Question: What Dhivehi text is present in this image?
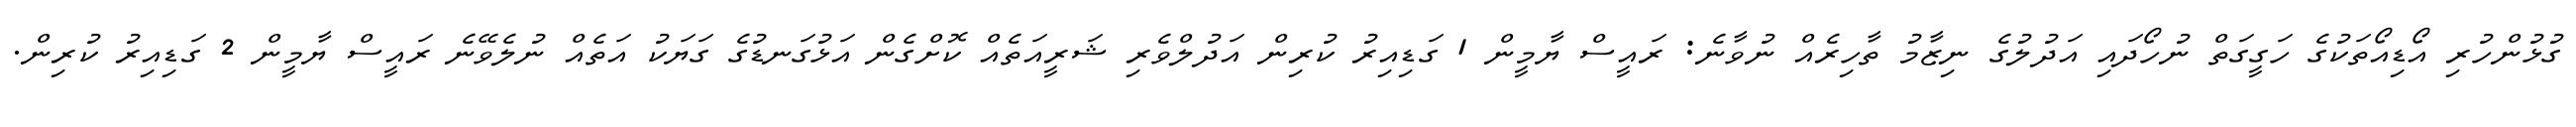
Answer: ގުޅުންހުރި އޯޑިއޯތަކުގެ ހަގީގަތް ނުހޯދައި އަދުލުގެ ނިޒާމު ތާހިރެއް ނުވާނެ: ރައީސް ޔާމީން 1 ގަޑިއިރު ކުރިން އަދުލްވެރި ޝަރީއަތެއް ކޮށްގެން އަޅުގަނޑުގެ ގަޔަކު އަތެއް ނުލެވޭނެ ރައީސް ޔާމީން 2 ގަޑިއިރު ކުރިން.